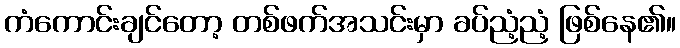
ကံကောင်းချင်တော့ တစ်ဖက်အသင်းမှာ ခပ်ညံ့ညံ့ ဖြစ်နေ၏။